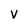
Character: v